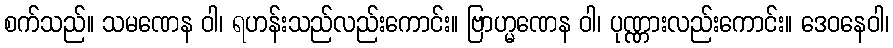
စက်သည်။ သမဏေန ဝါ၊ ရဟန်းသည်လည်းကောင်း။ ဗြာဟ္မဏေန ဝါ၊ ပုဏ္ဏားလည်းကောင်း။ ဒေဝနေဝါ၊